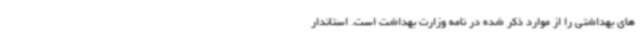
های بهداشتی را از موارد ذکر شده در نامه وزارت بهداشت است. استاندار